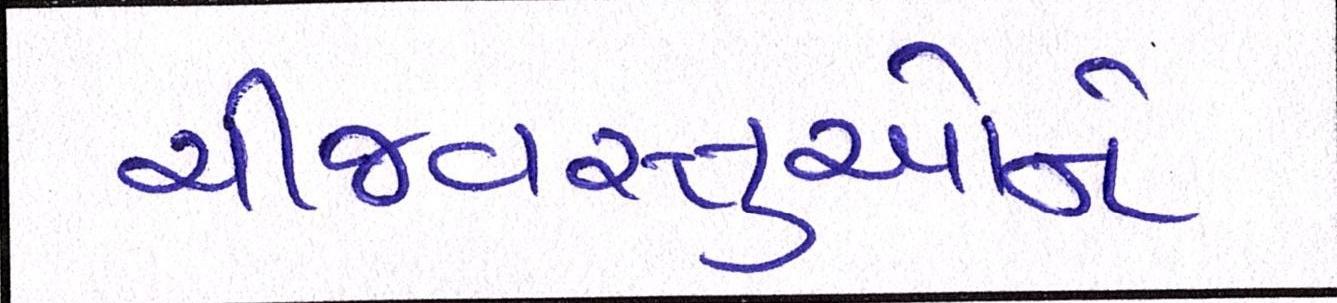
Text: ચીજવસ્તુઓને